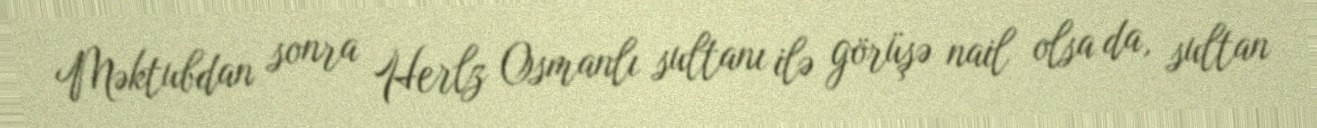
Məktubdan sonra Herlz Osmanlı sultanı ilə görüşə nail olsa da, sultan